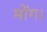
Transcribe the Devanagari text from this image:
मोंग।